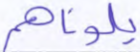
بلوناهم